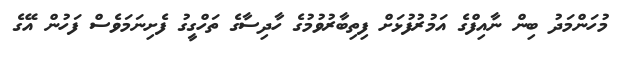
މުހަންމަދު ބިން ނާއިފްގެ އަމުރުފުޅަށް ފިތިބާރުވުމުގެ ހާދިސާގެ ތަހްގީގު ފެށިނަމަވެސް ފަހުން އޭގެ